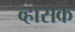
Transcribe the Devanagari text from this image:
व्हासेक